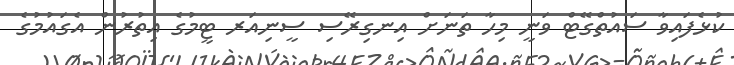
ކުޅެފައިވާ ސައުތްގޭޓް ވަނީ މިހާ ތަނަށް އިނގިރޭސި ސީނިއަރ ޓީމުގެ އިތުރުން އެގައުމުގެ